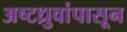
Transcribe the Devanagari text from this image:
अष्टध्रुवांपासून